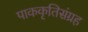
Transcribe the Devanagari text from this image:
पाककृतिसंग्रह